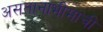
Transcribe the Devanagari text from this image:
असतानाभीमाची